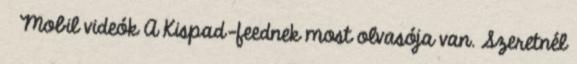
» Mobil videók A Kispad-feednek most olvasója van. Szeretnél